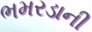
ભમરડાની